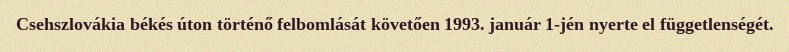
Csehszlovákia békés úton történő felbomlását követően 1993. január 1-jén nyerte el függetlenségét.